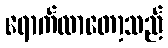
ရောက်လာတော့သည်